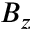
B _ { z }